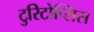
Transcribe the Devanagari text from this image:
टुरिटोप्सिस